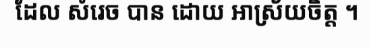
ដែល សំរេច បាន ដោយ ឤស្រ័យចិត្ត ។